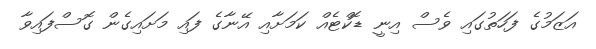
އަޒަމުގެ ފަހަތުގައި ވެސް އިނީ ޑޮކްޓެއް ކަމަށާއި އޭނާގެ ފައި މަށައިގެން ގޮސްފައިވާ